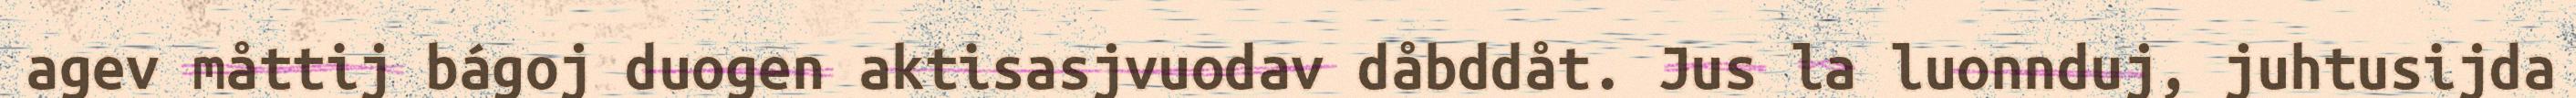
agev måttij bágoj duogen aktisasjvuodav dåbddåt. Jus la luonnduj, juhtusijda